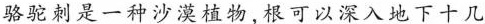
骆驼刺是一种沙漠植物，根可以深入地下十几